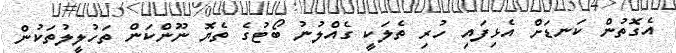
އެގޮތުން ކަނޑަށް އެޅިފައި ހުރި ތެލަކީ ގެއްލުނު ބޯޓުގެ ތެޔޮ ނޫންކަން ތަހުލީލުތަކުން